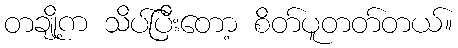
တချို့က သိပ်ပြီးတော့ စိတ်ပူတတ်တယ်။